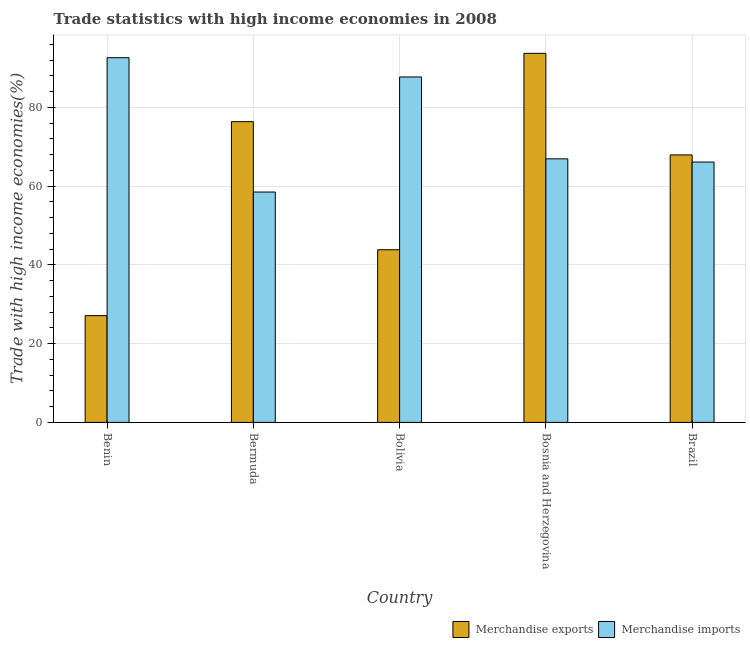
| Country | Merchandise exports | Merchandise imports |
 | --- | --- | --- |
 | Benin | 27.1 | 92.6 |
 | Bermuda | 76.4 | 58.5 |
 | Bolivia | 43.9 | 87.7 |
 | Bosnia and Herzegovina | 93.7 | 66.9 |
 | Brazil | 67.9 | 66.1 |